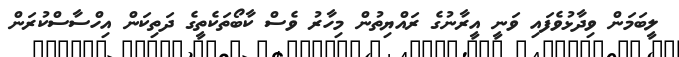
ލީބަމަން ވިދާޅުވެފައި ވަނީ އީރާނުގެ ރައްޔިތުން މިހާރު ވެސް ކާބޯތަކެތީގެ ދަތިކަން އިހްސާސްކުރަން